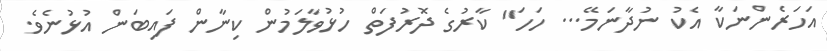
އަހަރެންނަކާ އެކު ނުދާނަމޭ... ހަހަ" ކާރުގެ ދޮރުފަތް ހުޅުވާލަމުން ކިނާން ފައިބަން އުޅުނެވެ.